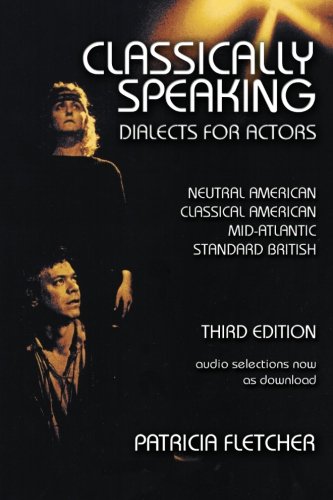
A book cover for Classically Speaking; Patricia Fletcher; Reference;